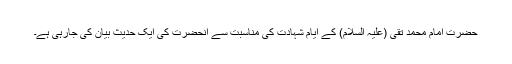
حضرت امام محمد تقی (علیہ السلام) کے ایام شہادت کی مناسبت سے آنحضرت کی ایک حدیث بیان کی جارہی ہے۔